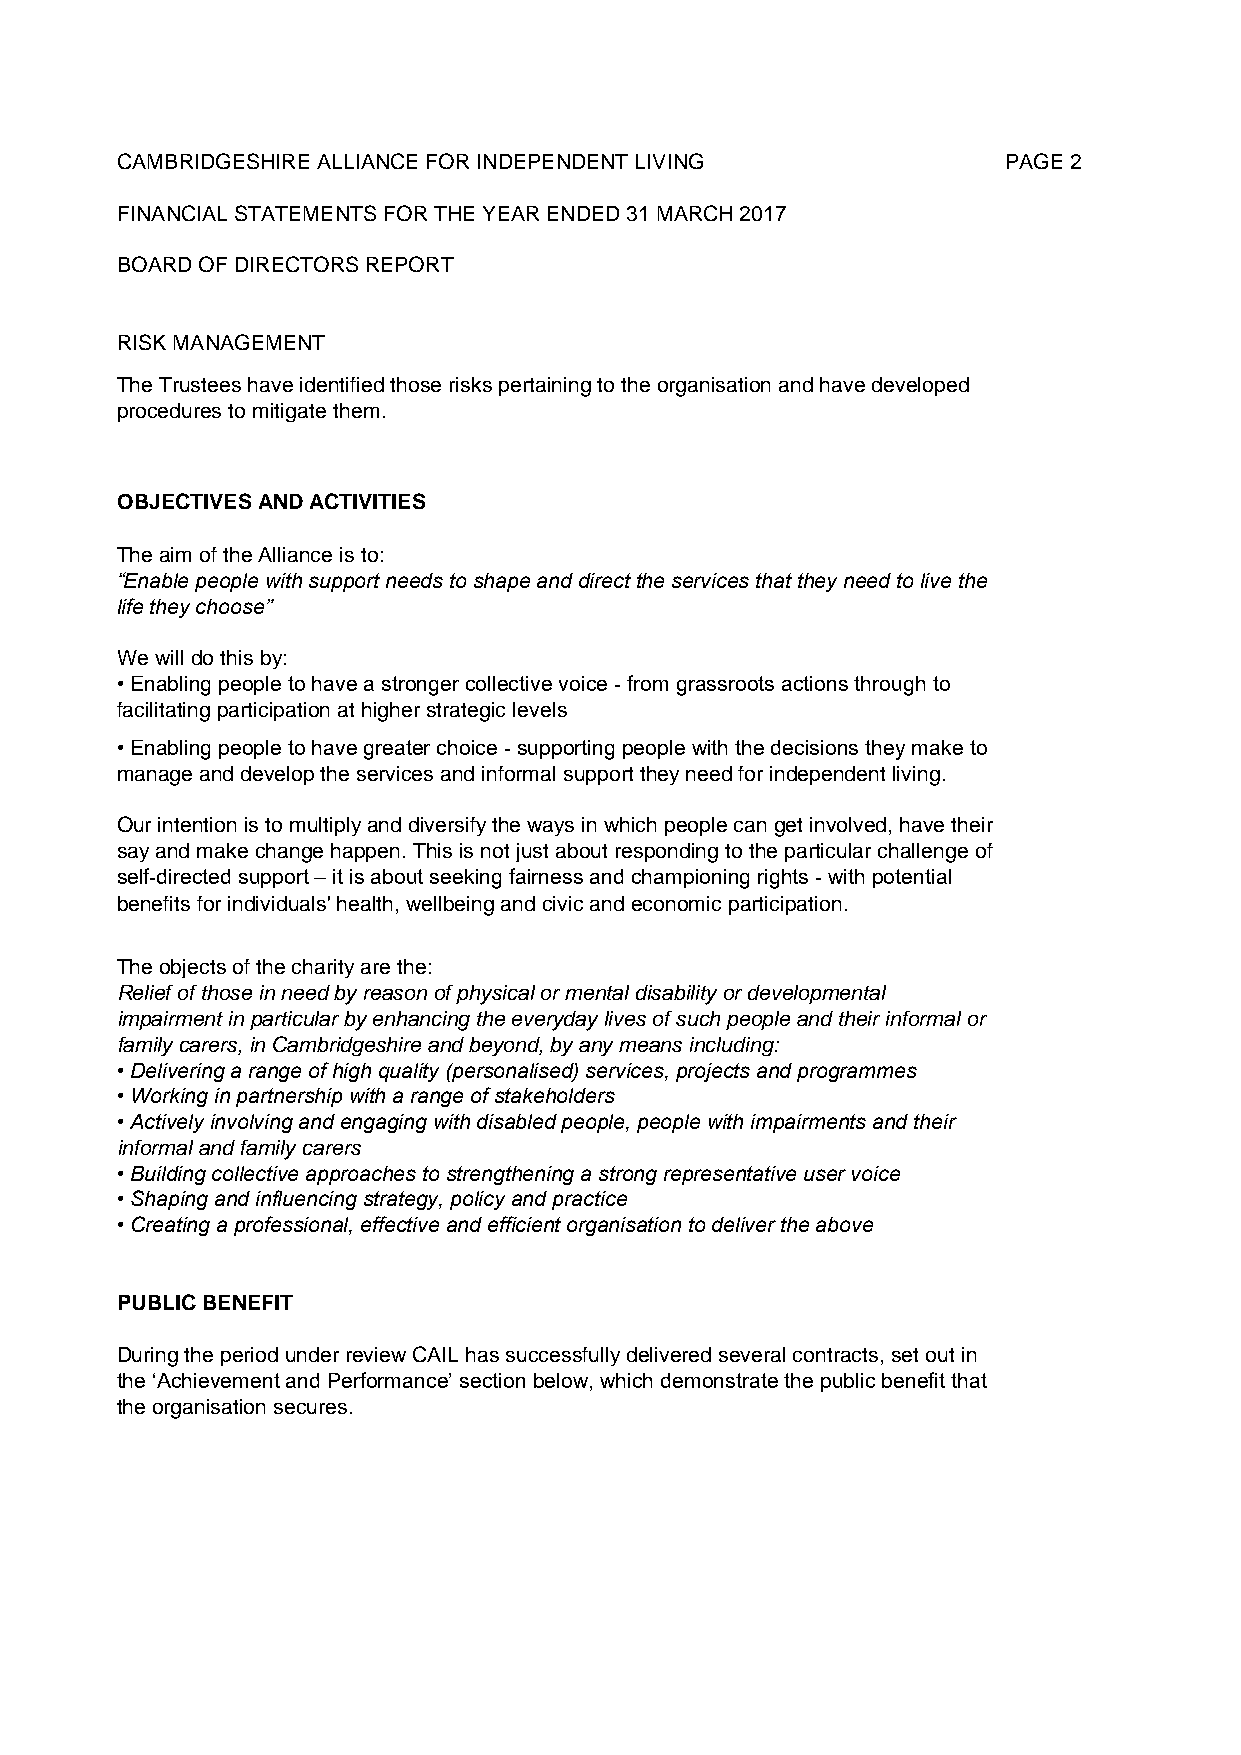
CAMBRIDGESHIRE ALLIANCE FOR INDEPENDENT LIVING            PAGE 2
 FINANCIAL STATEMENTS FOR THE YEAR ENDED 31 MARCH 2017
 BOARD OF DIRECTORS REPORT
 RISK MANAGEMENT
 The Trustees have identified those risks pertaining to the organisation and have developed
 procedures to mitigate them.
 OBJECTIVES AND ACTIVITIES
 The aim of the Alliance is to:
 “Enable people with support needs to shape and direct the services that they need to live the
 life they choose”
 We will do this by:
 • Enabling people to have a stronger collective voice - from grassroots actions through to
 facilitating participation at higher strategic levels
 • Enabling people to have greater choice - supporting people with the decisions they make to
 manage and develop the services and informal support they need for independent living.
 Our intention is to multiply and diversify the ways in which people can get involved, have their
 say and make change happen. This is not just about responding to the particular challenge of
 self-directed support – it is about seeking fairness and championing rights - with potential
 benefits for individuals' health, wellbeing and civic and economic participation.
 The objects of the charity are the:
 Relief of those in need by reason of physical or mental disability or developmental
 impairment in particular by enhancing the everyday lives of such people and their informal or
 family carers, in Cambridgeshire and beyond, by any means including:
 • Delivering a range of high quality (personalised) services, projects and programmes
 • Working in partnership with a range of stakeholders
 • Actively involving and engaging with disabled people, people with impairments and their
 informal and family carers
 • Building collective approaches to strengthening a strong representative user voice
 • Shaping and influencing strategy, policy and practice
 • Creating a professional, effective and efficient organisation to deliver the above
 PUBLIC BENEFIT
 During the period under review CAIL has successfully delivered several contracts, set out in
 the ‘Achievement and Performance’ section below, which demonstrate the public benefit that
 the organisation secures.